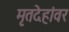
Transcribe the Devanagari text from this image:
मृतदेहांवर